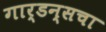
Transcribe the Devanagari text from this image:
गार्डन्सचा